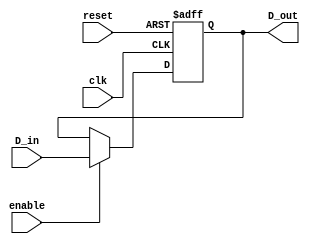
module fetch(input clk,enable,reset, input [7:0]D_in, output [7:0]D_out); //instanciar modulo

  wire clk,enable,reset; // instanciar variables a utilizar
  wire [7:0]D_in;
  reg [7:0]D_out=0;

  always @ (posedge clk or posedge reset)
    begin
      if(reset) 
        begin           // si recibe reset reinicia el fetch
          D_out <= 0;
        end
      else if (enable) 
        begin    //de lo contrario al recibir el enable devuelve la data
          D_out <= D_in;
        end
    end

endmodule